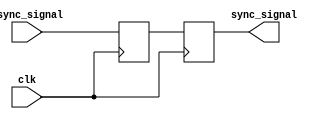
module master_slave_ff_synchronizer (
    input wire clk,           // Clock signal
    input wire async_signal,  // Asynchronous input signal to be synchronized
    output reg sync_signal    // Synchronized output signal
);

    // Internal signals
    reg master_ff;
    
    // Master Flip-Flop: Samples the async_signal on the rising edge of the clock
    always @(posedge clk) begin
        master_ff <= async_signal; // Capture input signal
    end

    // Slave Flip-Flop: Samples the master output on the falling edge of the clock
    always @(negedge clk) begin
        sync_signal <= master_ff; // Drive output signal
    end

endmodule